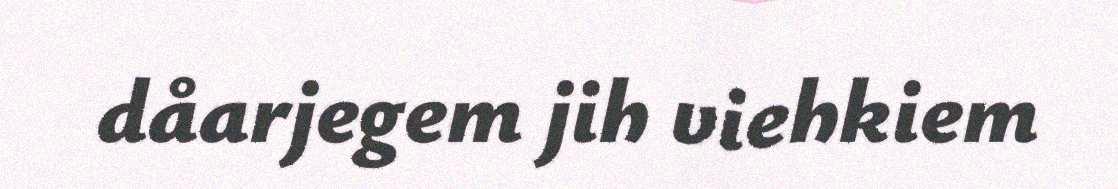
dåarjegem jih viehkiem